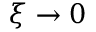
\xi \to 0